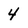
Character: 4